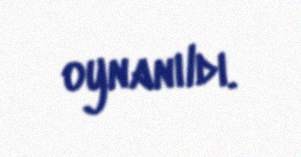
oynanıldı.